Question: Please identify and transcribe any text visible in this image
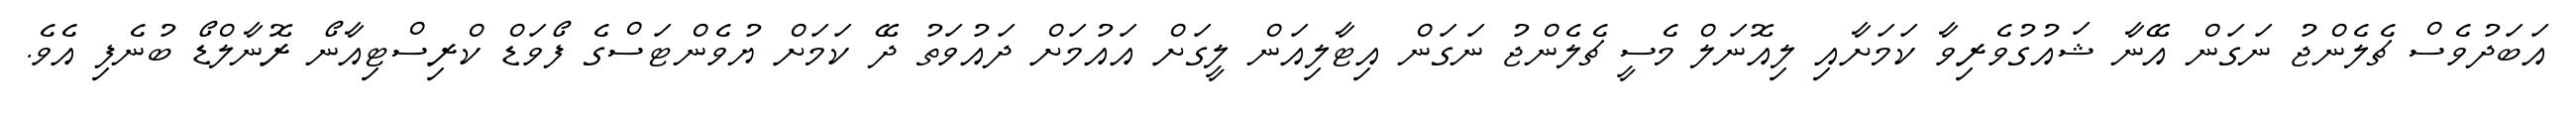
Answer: އަބަދުވެސް ޗެލެންޖު ނަގަން އޭނާ ޝައުގުވެރިވާ ކަމަށާއި ލިއޮނަލް މެސީ ޗެލެންޖު ނަގަން އިޓާލިއަން ލީގަށް އައުމަށް ދައުވަތު ދޭ ކަމަށް ޔުވެންޓަސްގެ ފޯވަޑް ކްރިސްޓިއާނޯ ރޮނާލްޑޯ ބުނެފި އެވެ.